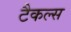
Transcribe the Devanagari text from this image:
टैकल्स